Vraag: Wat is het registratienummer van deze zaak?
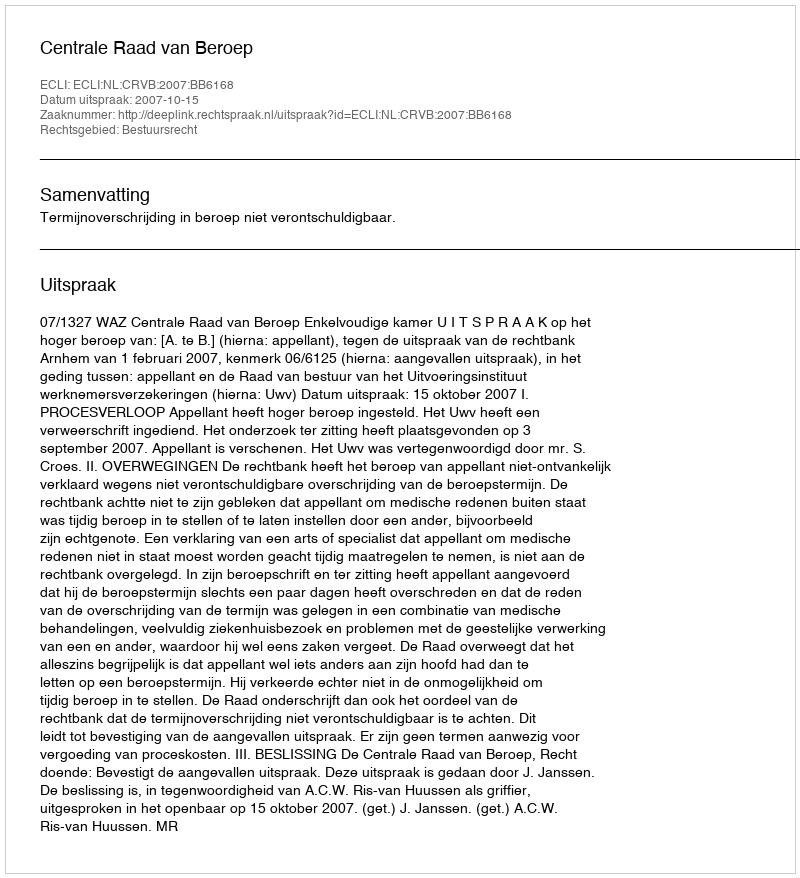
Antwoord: http://deeplink.rechtspraak.nl/uitspraak?id=ECLI:NL:CRVB:2007:BB6168